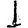
Digit: 1